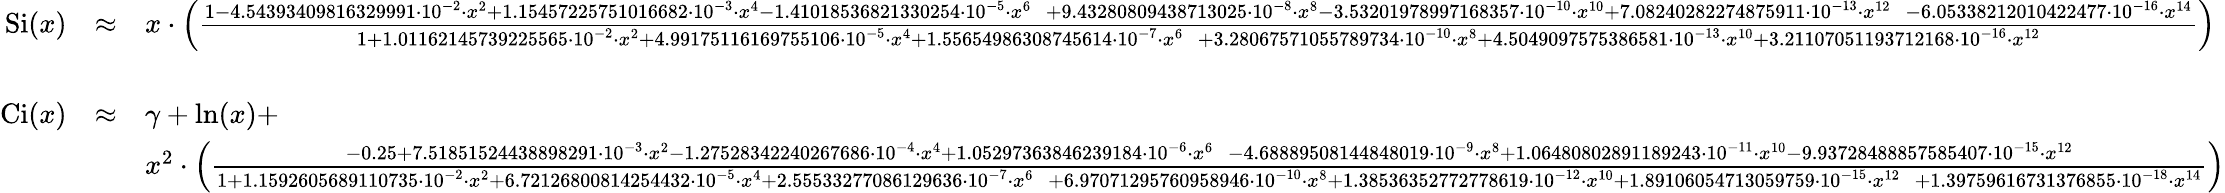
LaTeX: {\begin{array}{rcl}{\operatorname{Si}(x)}&{\approx}&{x\cdot\left({\frac{\begin{array}{l}{1-4.54393409816329991\cdot 10^{-2}\cdot x^{2}+1.15457225751016682\cdot 10^{-3}\cdot x^{4}-1.41018536821330254\cdot 10^{-5}\cdot x^{6}\ ~~+9.43280809438713025\cdot 10^{-8}\cdot x^{8}-3.53201978997168357\cdot 10^{-10}\cdot x^{10}+7.08240282274875911\cdot 10^{-13}\cdot x^{12}\ ~~-6.05338212010422477\cdot 10^{-16}\cdot x^{14}}\end{array}}{\begin{array}{l}{1+1.01162145739225565\cdot 10^{-2}\cdot x^{2}+4.99175116169755106\cdot 10^{-5}\cdot x^{4}+1.55654986308745614\cdot 10^{-7}\cdot x^{6}\ ~~+3.28067571055789734\cdot 10^{-10}\cdot x^{8}+4.5049097575386581\cdot 10^{-13}\cdot x^{10}+3.21107051193712168\cdot 10^{-16}\cdot x^{12}}\end{array}}}\right)}\\ &{~}&\\ {\operatorname{Ci}(x)}&{\approx}&{\gamma+\ln(x)+}\\ &&{x^{2}\cdot\left({\frac{\begin{array}{l}{-0.25+7.51851524438898291\cdot 10^{-3}\cdot x^{2}-1.27528342240267686\cdot 10^{-4}\cdot x^{4}+1.05297363846239184\cdot 10^{-6}\cdot x^{6}\ ~~-4.68889508144848019\cdot 10^{-9}\cdot x^{8}+1.06480802891189243\cdot 10^{-11}\cdot x^{10}-9.93728488857585407\cdot 10^{-15}\cdot x^{12}}\end{array}}{\begin{array}{l}{1+1.1592605689110735\cdot 10^{-2}\cdot x^{2}+6.72126800814254432\cdot 10^{-5}\cdot x^{4}+2.55533277086129636\cdot 10^{-7}\cdot x^{6}\ ~~+6.97071295760958946\cdot 10^{-10}\cdot x^{8}+1.38536352772778619\cdot 10^{-12}\cdot x^{10}+1.89106054713059759\cdot 10^{-15}\cdot x^{12}\ ~~+1.39759616731376855\cdot 10^{-18}\cdot x^{14}}\end{array}}}\right)}\end{array}}